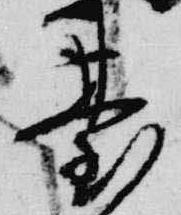
台